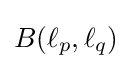
B(\ell _{p},\ell _{q})